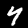
Digit: 4